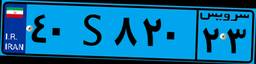
۴۰S۸۲۰۲۳